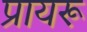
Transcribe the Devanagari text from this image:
प्रायरू